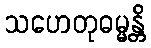
သဟေတုဓမ္မန္တိ